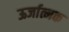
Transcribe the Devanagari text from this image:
ऊर्जात्मक